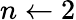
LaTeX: n\leftarrow 2